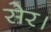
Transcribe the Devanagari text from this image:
सेर।